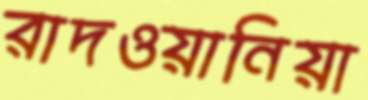
রাদওয়ানিয়া